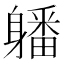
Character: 𨊄